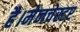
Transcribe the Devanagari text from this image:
है।मेनचेस्टर